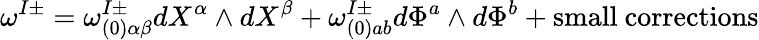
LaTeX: \omega^{I\pm}=\omega_{(0)\alpha\beta}^{I\pm}dX^{\alpha}\wedge dX^{\beta}+\omega_{(0)ab}^{I\pm}d\Phi^{a}\wedge d\Phi^{b}+\mathrm{small~corrections}